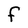
Character: F